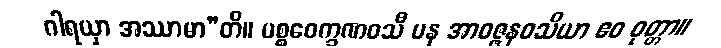
ဂါရယှာ အဿာမာ”တိ။ ပစ္စဝေက္ခဏဝသီ ပန အာဝဇ္ဇနဝသိယာ ဧဝ ဝုတ္တာ။